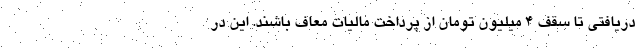
دریافتی تا سقف ۴ میلیون تومان از پرداخت مالیات معاف باشند. این در